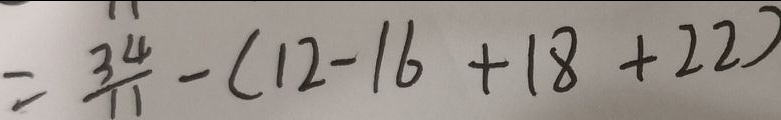
= \frac { 3 4 } { 1 1 } - ( 1 2 - 1 6 + 1 8 + 2 2 )